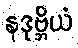
နဒုဗ္ဘိယံ